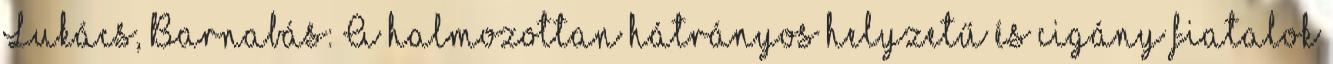
Lukács, Barnabás: A halmozottan hátrányos helyzetű és cigány fiatalok